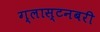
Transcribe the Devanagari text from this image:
ग्लास्टनबरी